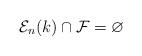
LaTeX: \begin{align*}\mathcal E_n(k)\cap\mathcal F=\varnothing\end{align*}